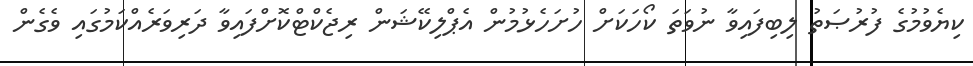
ކިޔެވުމުގެ ފުރުޞަތު ލިބިފައިވާ ނުވަތަ ކޯހަކަށް ހުށަހެޅުމުން އެޕްލިކޭޝަން ރިޖެކްޓްކޮށްފައިވާ ދަރިވަރެއްކަމުގައި ވެގެން